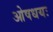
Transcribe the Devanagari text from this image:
ओषधयः